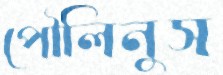
পৌলিনুস